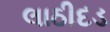
લાઠીદડ